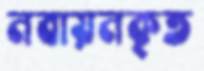
নবায়নকৃত